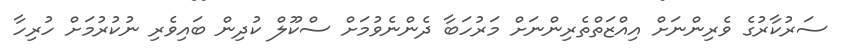
ސަރުކާރުގެ ވެރިންނަށް އިއްޒަތްތެރިންނަށް މަރުހަބާ ދެންނެވުމަށް ސްކޫލް ކުދިން ބައިވެރި ނުކުރުމަށް ހުރިހާ